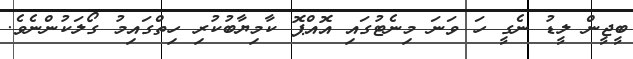
ބީޖީން ލީޑު ނެގީ ހަ ވަނަ މިނެޓުގައި އޮއްޕޮ ކާމިޔާބުކުރި ހިތްގައިމު ގޯލަކުންނެވެ.